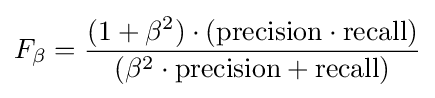
F_{\beta }={\frac {(1+\beta ^{2})\cdot (\mathrm {precision} \cdot \mathrm {recall} )}{(\beta ^{2}\cdot \mathrm {precision} +\mathrm {recall} )}}